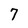
Character: 7